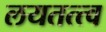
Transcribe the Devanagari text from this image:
लयतत्त्व